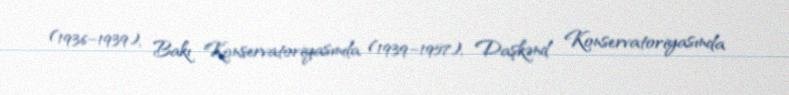
(1936–1939), Bakı Konservatoriyasında (1939–1957), Daşkənd Konservatoriyasında